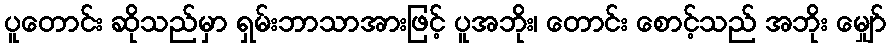
ပူတောင်း ဆိုသည်မှာ ရှမ်းဘာသာအားဖြင့် ပူအဘိုး၊ တောင်း စောင့်သည် အဘိုး မျှော်